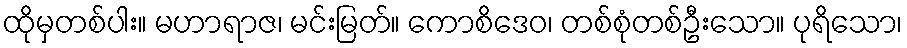
ထိုမှတစ်ပါး။ မဟာရာဇ၊ မင်းမြတ်။ ကောစိဒေဝ၊ တစ်စုံတစ်ဦးသော။ ပုရိသော၊